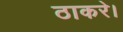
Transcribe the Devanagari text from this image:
ठाकरे।